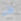
الآن